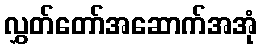
လွှတ်တော်အဆောက်အအုံ